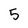
Character: 5